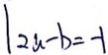
\vert 2 a - b = - 1